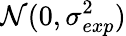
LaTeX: \mathcal{N}(0,\sigma_{exp}^{2})